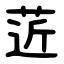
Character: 菦